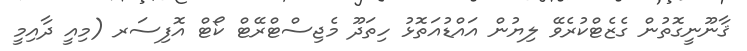
ޤާނޫނީގޮތުން ގެޒެޓްކުރެވޭ ލިޔުން އައްޑުއަތޮޅު ހިތަދޫ މެޖިސްޓްރޭޓް ކޯޓް އޮފިސަރ (މިއީ ދާއިމީ